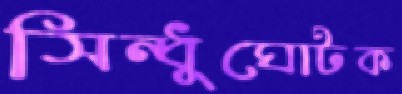
সিন্ধুঘোটক